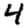
Digit: 4